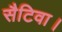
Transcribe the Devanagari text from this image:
सैटिवा।